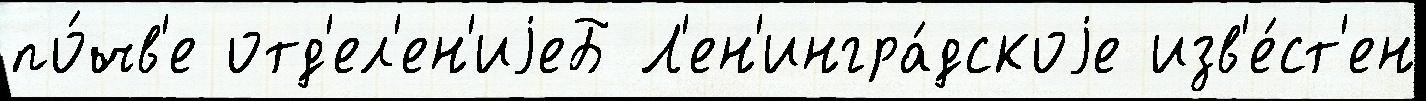
по́чв'е отд'ел'ен'иjеБ Л'ен'ингра́дскоjе изв'е́ст'ен